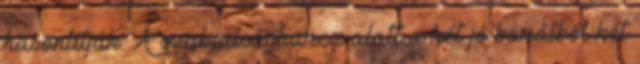
hasonlítják. A szabadságharcz alatt a két jó barátból két